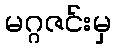
မဂ္ဂဇင်းမှ